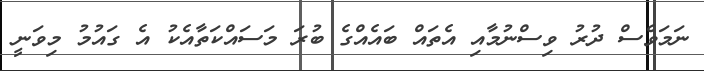
ނަމަވެސް ދުރު ވިސްނުމާއި އެތައް ބައެއްގެ ބުރަ މަސައްކަތާއެކު އެ ގައުމު މިވަނީ